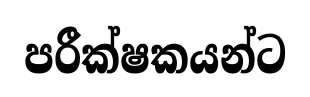
පරීක්ෂකයන්ට